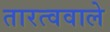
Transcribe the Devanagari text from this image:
तारत्ववाले